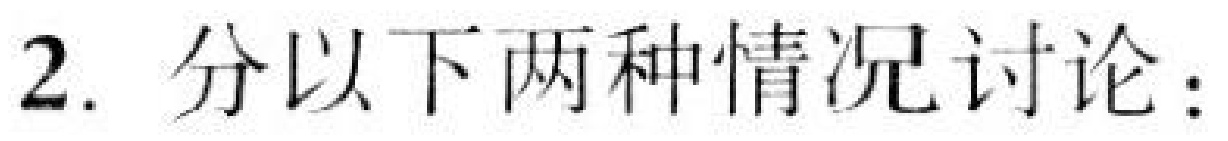
2. 分以下两种情况讨论：